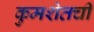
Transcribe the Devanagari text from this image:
कुमशेतची